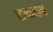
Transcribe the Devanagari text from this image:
प्रथमन